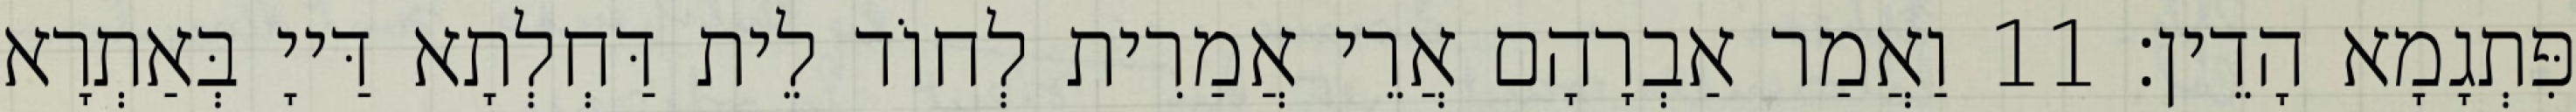
פִּתְגָמָא הָדֵין׃ 11 וַאֲמַר אַבְרָהָם אֲרֵי אֲמַרִית לְחוֹד לֵית דַּחְלְתָא דַּייָ בְּאַתְרָא